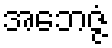
အဘေဇ္ဇံ